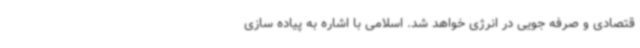
قتصادی و صرفه جویی در انرژی خواهد شد. اسلامی با اشاره به پیاده سازی